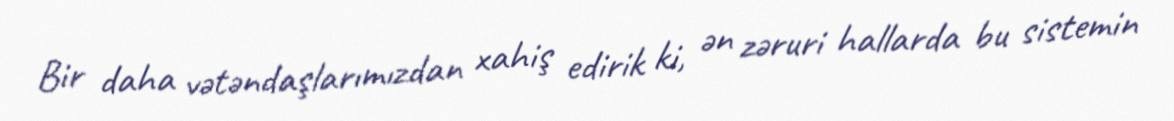
Bir daha vətəndaşlarımızdan xahiş edirik ki, ən zəruri hallarda bu sistemin